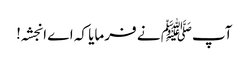
آپﷺ نے فرمایا کہ اے انجشہ!